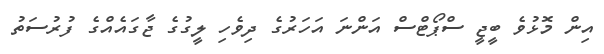
އިން މޮޅުވެ ބީޖީ ސްޕޯޓްސް އަންނަ އަހަރުގެ ދިވެހި ލީގުގެ ޖާގައެއްގެ ފުރުސަތު